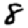
Digit: 8